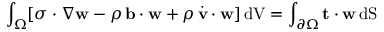
\int _ { \Omega } [ { \boldsymbol { \sigma } } \cdot \nabla { \mathbf { w } } - \rho \, \mathbf { b } \cdot \mathbf { w } + \rho \, { \dot { \mathbf { v } } } \cdot \mathbf { w } ] \, { \mathrm { d V } } = \int _ { \partial \Omega } \mathbf { t } \cdot \mathbf { w } \, { \mathrm { d S } }